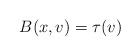
LaTeX: \begin{align*} B(x,v)=\tau(v) \end{align*}